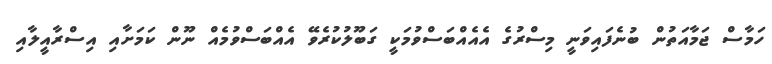
ހަމާސް ޖަމާއަތުން ބުނެފައިވަނީ މިސްރުގެ އެއެއްބަސްވުމަކީ ގަބޫލުކުރެވޭ އެއްބަސްވުމެއް ނޫން ކަމަށާއި އިސްރާއީލާއި